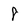
Character: 8